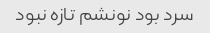
سرد بود نونشم تازه نبود